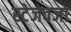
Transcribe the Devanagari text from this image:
स्टेजवजा